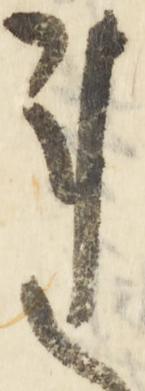
連